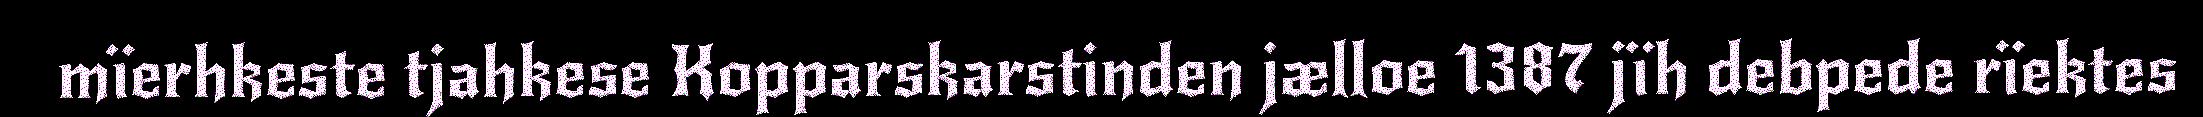
mïerhkeste tjahkese Kopparskarstinden jælloe 1387 jïh debpede rïektes